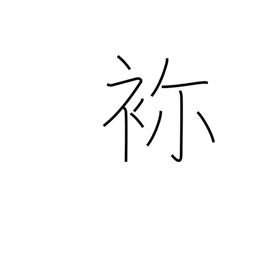
Meaning: embroidery